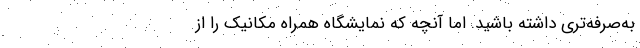
به‌صرفه‌تری داشته باشید. اما آنچه‌ که نمایشگاه همراه مکانیک را از